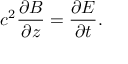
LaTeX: c ^ { 2 } { \frac { \partial B } { \partial z } } = { \frac { \partial E } { \partial t } } .